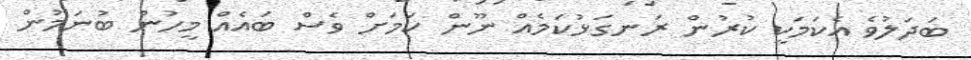
ބަދަލުވެ އެކަމަކީ ކުރުން ރަނގަޅުކަމެއް ނޫން ކަމަށް ވެސް ބައެއް މީހުން ބުނަމުން